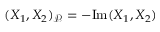
( X _ { 1 } , X _ { 2 } ) _ { \mathcal { P } } = - \mathrm { I m } ( X _ { 1 } , X _ { 2 } )